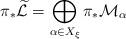
LaTeX: \begin{align*}\pi_*\widetilde{\mathcal{L}}=\bigoplus_{\alpha\in X_\xi} \pi_* \mathcal{M}_\alpha\end{align*}